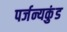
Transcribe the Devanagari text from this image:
पर्जन्यकुंड